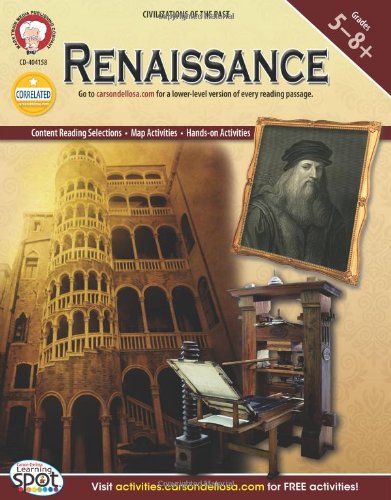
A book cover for Renaissance, Grades 5 - 8 (World History); Patrick Hotle Ph.D.; Children's Books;